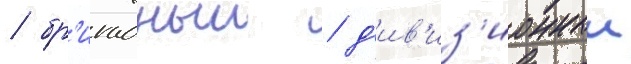
/ бр'игадныи / д'ив'из'ионныи